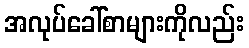
အလုပ်ခေါ်စာများကိုလည်း